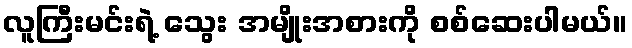
လူကြီးမင်းရဲ့ သွေး အမျိုးအစားကို စစ်ဆေးပါမယ်။